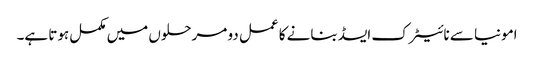
امونیا سے نائیٹرک ایسڈ بنانے کا عمل دو مرحلوں میں مکمل ہوتا ہے۔